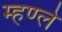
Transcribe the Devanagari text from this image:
म्हण्ले